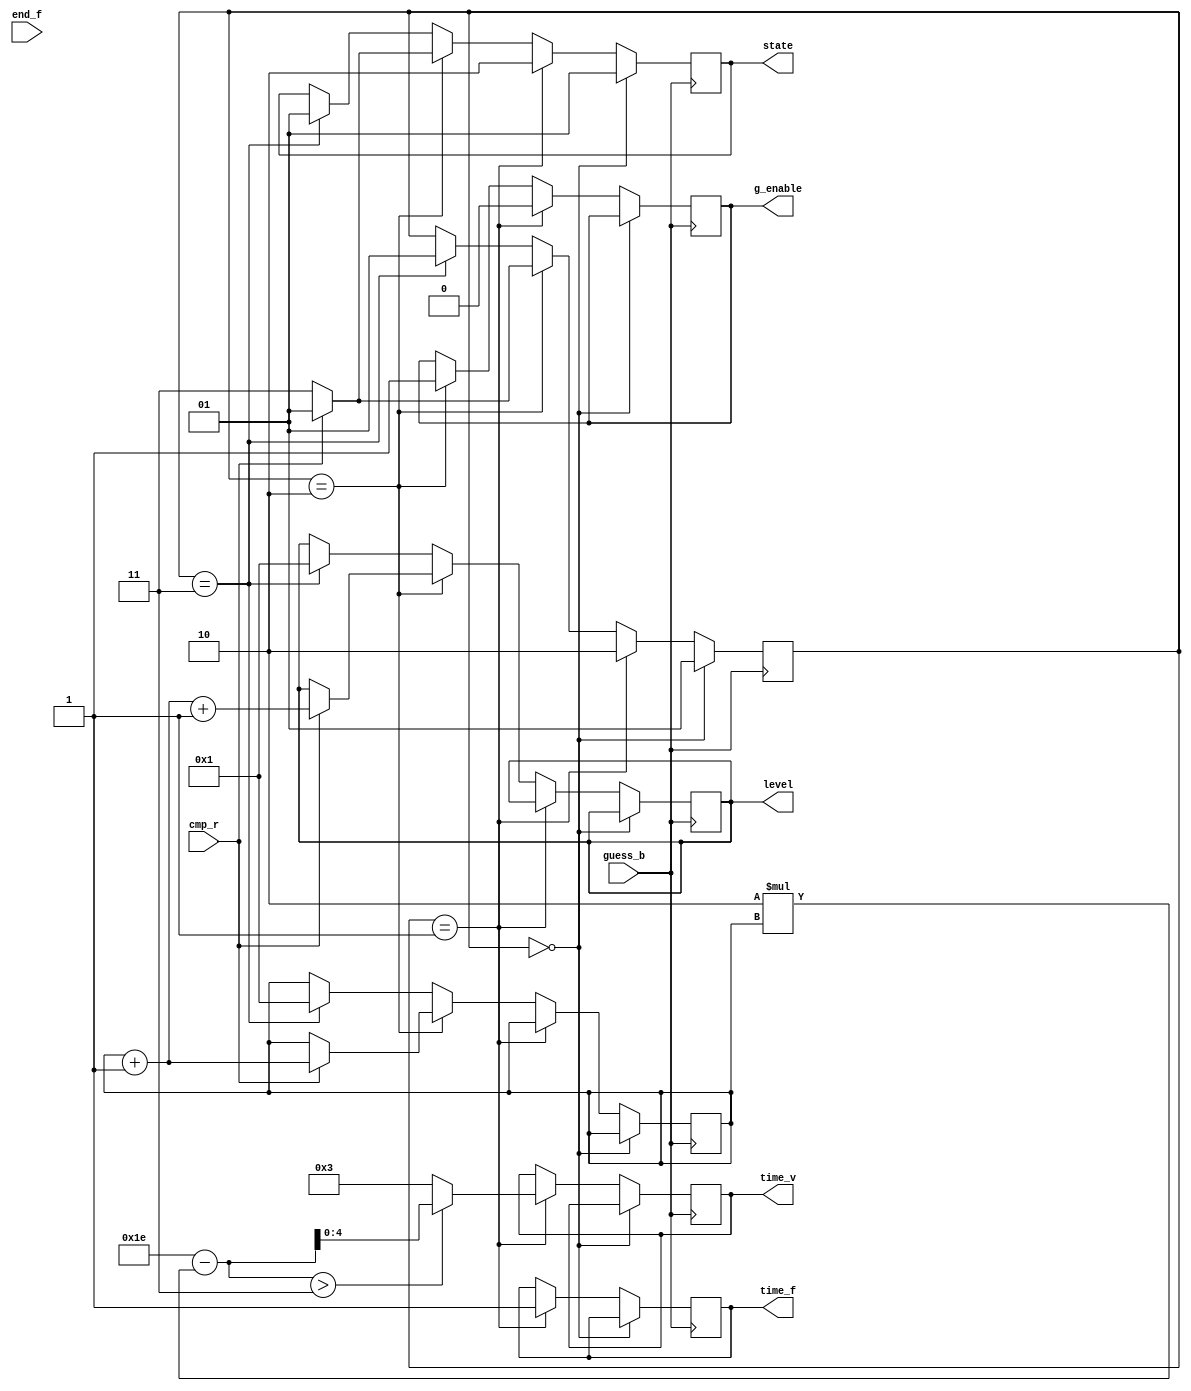
`timescale 1ns / 1ps
//////////////////////////////////////////////////////////////////////////////////
// Company: 
// 
// Design Name: 
// Module Name:    Speles_Logika 
// Project Name: 
// Target Devices: 
// Tool versions: 
// Description: 
//
// Dependencies: 
//
// Revision: 
// Revision 0.01 - File Created
// Additional Comments: 
//
//////////////////////////////////////////////////////////////////////////////////
module Speles_Logika(
		guess_b, cmp_r, end_f,
		state, level, time_f, time_v, g_enable
    );
	input guess_b, cmp_r, end_f;
	output reg [1:0]state;
	output reg [7:0]level;
	output reg time_f, g_enable; 
	output reg [4:0]time_v;
	
	reg [1:0]currentState;
	reg [7:0]currentLevel;
	reg [4:0]totalTime;
	
	//Temps
	reg [7:0] calculatedTime;
	
	initial begin
    currentLevel = 0;
	 level = 0;
	 
	 currentState = 0;
	 state = 0;
	 
	 totalTime = 30;
	 
	 time_f = 0;
	 time_v = 30;
	 
	 g_enable = 1;
	end
	
	always@(posedge guess_b) begin
			if(currentState == 0) begin //Sveicinti
				currentState = 1;
				state = 1;
			end 
			else if(currentState == 1) begin //Skt Spli
				currentState = 2;
				state = 2;
				
				//Laika uzstdana == min(totaltime-(2*lm),3)
				calculatedTime = totalTime - (2 * currentLevel);
				if (calculatedTime > 3) time_v = calculatedTime;
				else time_v = 3;
				time_f = 1;
				
				//Stop generator
				g_enable = 0;
			end 
			else if(currentState == 2) begin //Iegt rezulttu
			
			if(cmp_r)
				begin //Pareizi un laiks nav beidzies.
					currentLevel = currentLevel + 1;
					level = currentLevel + 1;
					
					currentState = 1;
					state = 1;
				end else begin //Nepareizi 
					currentState = 3;
					state = 3;
				end
				
				//Start generator
				g_enable = 1;
			end
			else if(currentState == 3) begin //Lzeris
				currentState = 1;
				state = 1;
				
				currentLevel = 1;
				level = 1;
			end
	end
	
	always@(posedge end_f) begin
		//Clock cant reference 2 variables
	end
endmodule